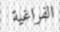
الفراغية